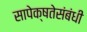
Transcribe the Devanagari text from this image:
सापेक्षतेसंबंधी